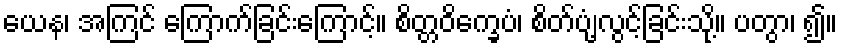
ယေန၊ အကြင် ကြောက်ခြင်းကြောင့်။ စိတ္တဝိက္ခေပံ၊ စိတ်ပျံ့လွင့်ခြင်းသို့။ ပတွာ၊ ၍။